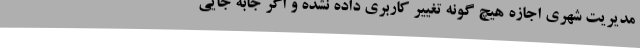
مدیریت شهری اجازه هیچ گونه تغییر کاربری داده نشده و اگر جابه جایی